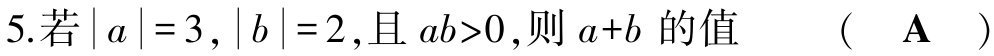
5.若\(\vert a\vert = 3,\vert b\vert = 2\),且\(ab>0\),则\(a + b\)的值  （  \(\mathbf{A}\)  ）